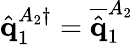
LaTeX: \hat{\mathbf{q}}_{1}^{A_{2}\dagger}=\overline{{\hat{\mathbf{q}}}}_{1}^{A_{2}}